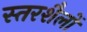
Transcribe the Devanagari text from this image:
स्तरशैलों